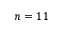
n = 1 1